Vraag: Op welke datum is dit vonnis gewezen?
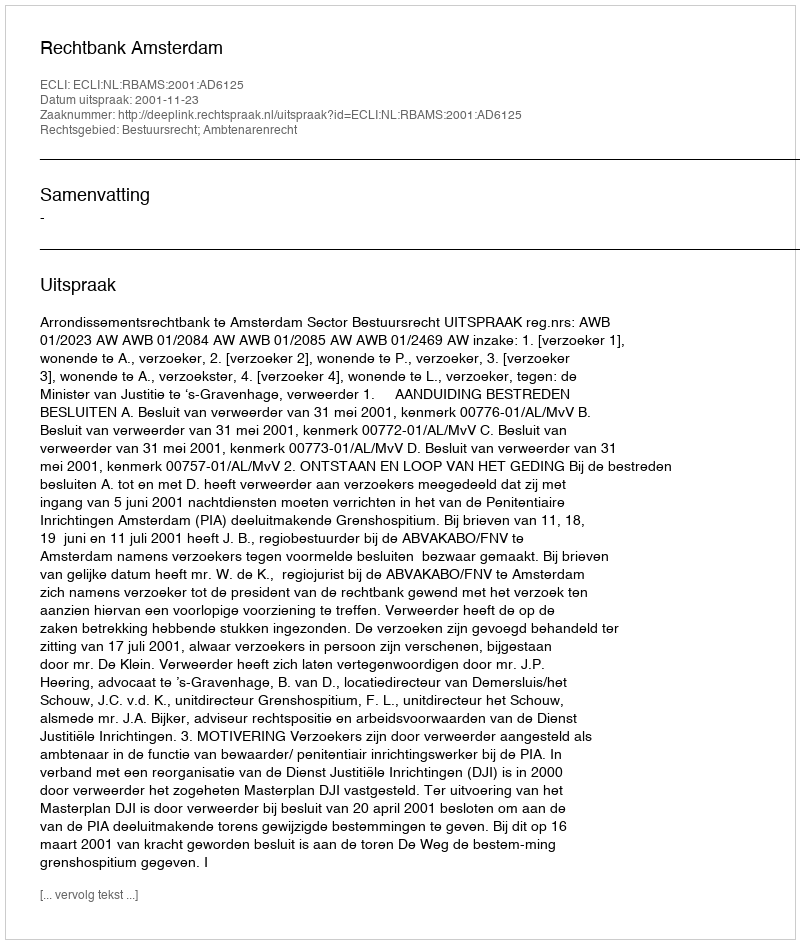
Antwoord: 2001-11-23